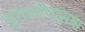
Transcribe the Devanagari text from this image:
युगलोपासना